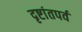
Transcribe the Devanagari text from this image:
दृष्टांतपर्व